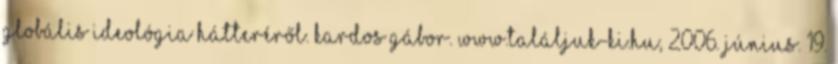
globális ideológia hátteréről. Kardos Gábor. www.találjuk-ki.hu, 2006. június. 19.